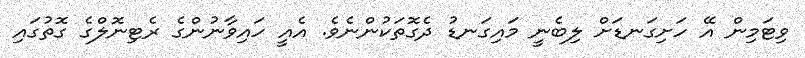
ވިޓަމިން އޭ ހަށިގަނޑަށް ލިބެނީ މައިގަނޑު ދެގޮތަކުންނެވެ. އެއީ ހައިވާނުންގެ ރެޓިނޮލްގެ ގޮތުގައި